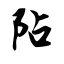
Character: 阽